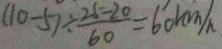
( 1 0 - 5 ) \div \frac { 2 5 - 2 0 } { 6 0 } = 6 0 k m / h